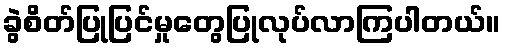
ခွဲစိတ်ပြုပြင်မှုတွေပြုလုပ်လာကြပါတယ်။